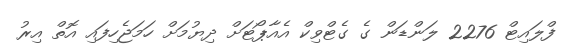
ފްލައިޓް 2276 ލަންޑަން ގެ ގެޓްވިކް އެއާޕޯޓަށް ދިޔުމަށް ހަމަޖެހިފައި އޮތް އިރު